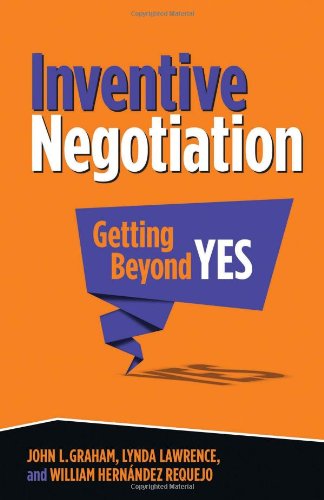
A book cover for Inventive Negotiation: Getting Beyond Yes; John L. Graham; Business & Money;